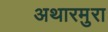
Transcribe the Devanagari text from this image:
अथारमुरा